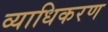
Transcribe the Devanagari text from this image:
व्याधिकरण